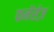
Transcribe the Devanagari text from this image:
फनेंसेज़